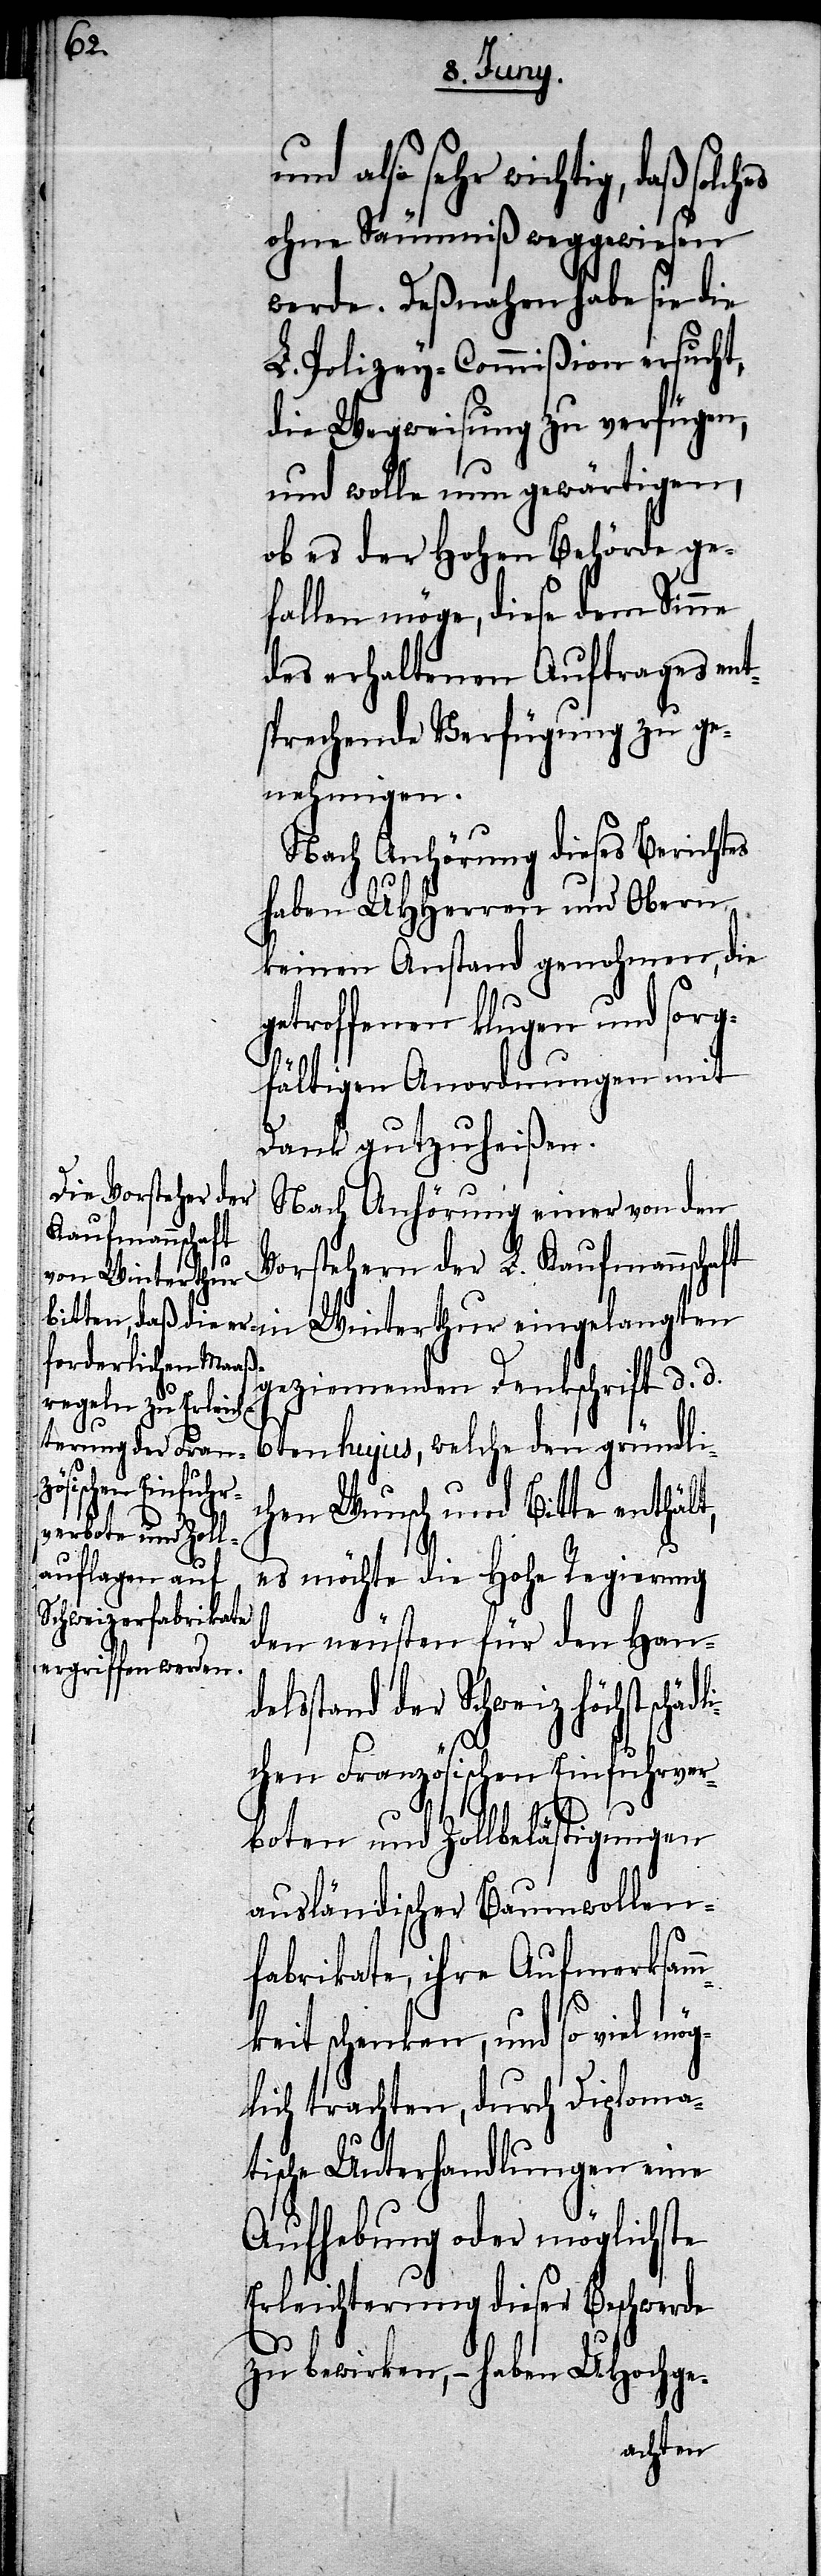
el¬

schädli¬

nd also sehr wichtig, daß solc¬
ohne Säumniß weggewiesen
werde. Deßnahen habe sie die
L. Polizey-Commißion ersucht,
die Wegweisung zu verfügen,
und wolle nun gewärtigen,
ob es der Hohen Behörde ge¬
fallen möge, diese dem Sinne
des erhaltenen Auftrages ent¬
sprechende Verfügung zu ge¬
nehmigen.
Nach Anhörung dieses Berichtes
haben UHHerren und Obern
keinen Anstand genohmen, die
getroffenen klugen und sorg¬
fältigen Anordnungen mit
Dank gutzuheißen.
Nach Anhörung einer von den
Vorstehern der L. Kaufmannschaft
in Winterthur eingelangten
geziemenden Dankschrift d. d.
6ten hujus, welche den gründli¬
chen Wunsch und Bitte enthält,
es möchte die Hohe Regierung
den neusten für den Hand¬
sstand der Schweiz höchst
chen Französischen Einfuhrver¬
boten und Zollbelästigungen
ausländischer Baumwollen¬
fabrikate, ihre Aufmerksam¬
mkeit schenken, und so viel mö¬
glich, durch Diploma¬
tische Unterhandlungen eine
Aufhebung oder möglichste
Erleichterung dieser Beschwerde
zu bewirken, – haben UHochge-